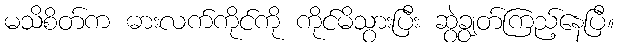
မသိစိတ်က ဓားလက်ကိုင်ကို ကိုင်မိသွားပြီး ဆွဲချွတ်ကြည့်နေပြီ။